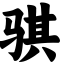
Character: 骐